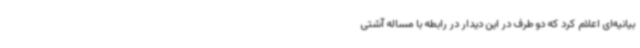
بیانیه‌ای اعلام کرد که دو طرف در این دیدار در رابطه با مساله آشتی